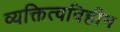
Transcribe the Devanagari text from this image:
व्यक्तित्वविहीन